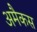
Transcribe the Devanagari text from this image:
अमैकस